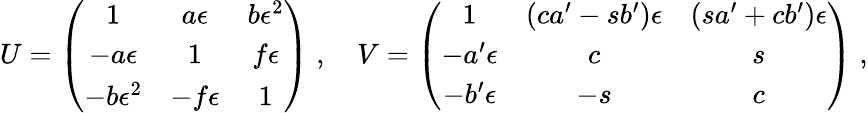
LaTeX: U=\left(\begin{array}{ccc}{{1}}&{{a\epsilon}}&{{b\epsilon^{2}}}\\ {{-a\epsilon}}&{{1}}&{{f\epsilon}}\\ {{-b\epsilon^{2}}}&{{-f\epsilon}}&{{1}}\end{array}\right)\; ,\quad V=\left(\begin{array}{ccc}{{1}}&{{(ca^{\prime}-sb^{\prime})\epsilon}}&{{(sa^{\prime}+cb^{\prime})\epsilon}}\\ {{-a^{\prime}\epsilon}}&{{c}}&{{s}}\\ {{-b^{\prime}\epsilon}}&{{-s}}&{{c}}\end{array}\right)\; ,